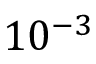
1 0 ^ { - 3 }